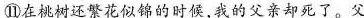
⑪在桃树还繁花似锦的时候，我的父亲却死了。父